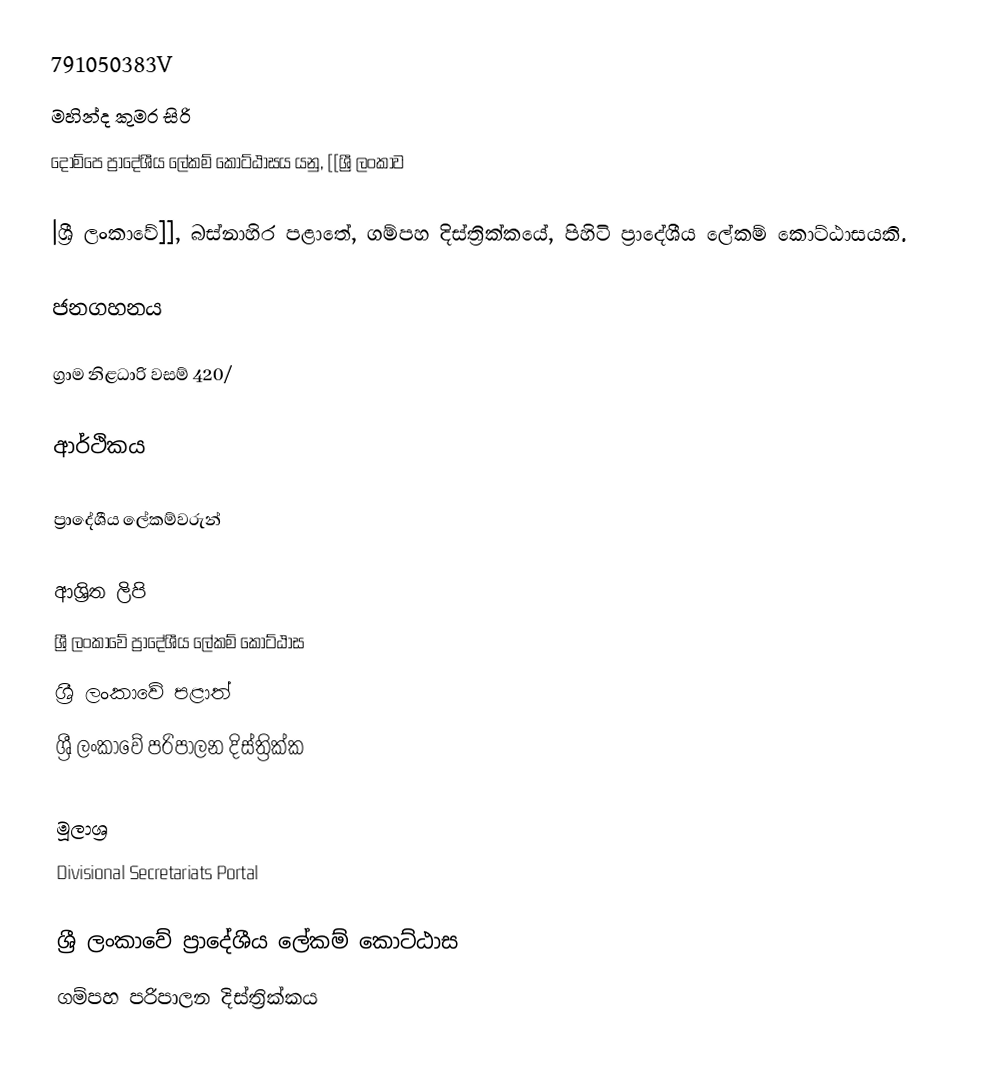
791050383V
මහින්ද කුමර සිරි
දොම්පෙ ප්‍රාදේශීය ලේකම් කොට්ඨාසය යනු,  [[ශ්‍රී ලංකාව

|ශ්‍රී ලංකාවේ]], බස්නාහිර පළාතේ,   ගම්පහ දිස්ත්‍රික්කයේ, පිහිටි ප්‍රාදේශීය ලේකම් කොට්ඨාසයකි.

ජනගහනය

ග්‍රාම නිළධාරි වසම් 420/

ආර්ථිකය

ප්‍රාදේශීය ලේකම්වරුන්

ආශ්‍රිත ලිපි
ශ්‍රී ලංකාවේ ප්‍රාදේශීය ලේකම් කොට්ඨාස
ශ්‍රී ලංකාවේ පළාත්
ශ්‍රී ලංකාවේ පරිපාලන දිස්ත්‍රික්ක

මූලාශ්‍ර
 Divisional Secretariats Portal

ශ්‍රී ලංකාවේ ප්‍රාදේශීය ලේකම් කොට්ඨාස
ගම්පහ පරිපාලන දිස්ත්‍රික්කය